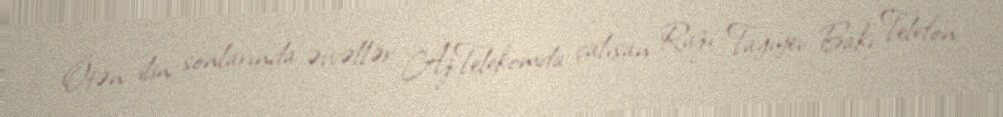
Ötən ilin sonlarında əvvəllər AzTelekomda çalışan Razi Tağıyev Bakı Telefon